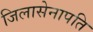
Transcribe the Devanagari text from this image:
जिलासेनापति